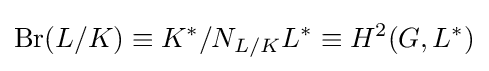
\operatorname {Br} (L/K)\equiv K^{*}/N_{L/K}L^{*}\equiv H^{2}(G,L^{*})